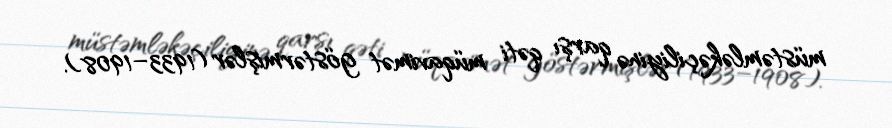
müstəmləkəçiliyinə qarşı qəti müqavimət göstərmişlər (1933–1908).